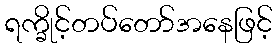
ရက္ခိုင့်တပ်တော်အနေဖြင့်